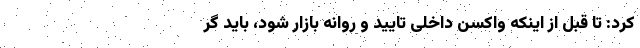
کرد: تا قبل از اینکه واکسن داخلی تایید و روانه بازار شود، باید گر